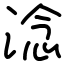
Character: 淰